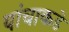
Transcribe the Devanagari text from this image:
यांचाकडे